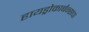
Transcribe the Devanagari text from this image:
हायड्रोकार्बन्सचा